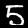
Label: 5